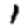
Digit: 1